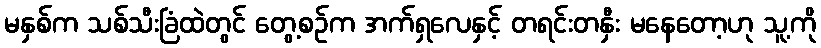
မနှစ်က သစ်သီးခြံထဲတွင် တွေ့စဉ်က အက်ရှလေနှင့် တရင်းတနှီး မနေတော့ဟု သူ့ကို